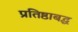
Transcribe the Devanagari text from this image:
प्रतिष्ठाबद्ध